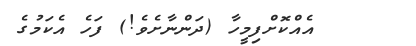
އެއްކޮށްފިމީހާ (ދަންނާށެވެ!) ފަހެ އެކަމުގެ